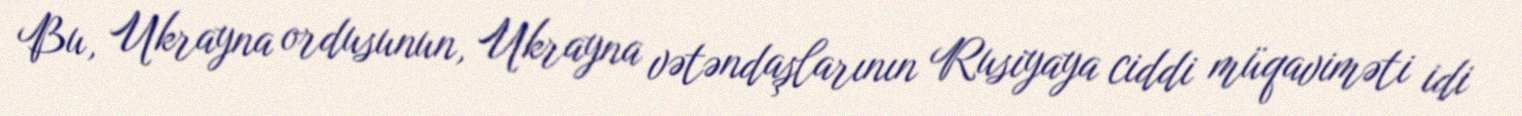
Bu, Ukrayna ordusunun, Ukrayna vətəndaşlarının Rusiyaya ciddi müqaviməti idi